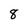
Character: 8